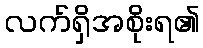
လက်ရှိအစိုးရ၏